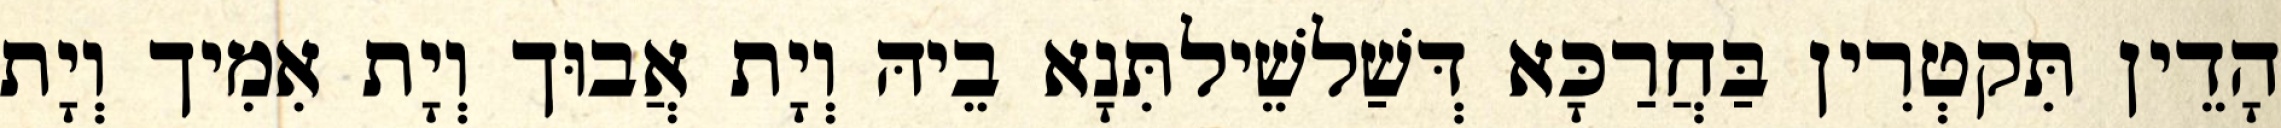
הָדֵין תִּקטְרִין בַּחֲרַכָּא דְּשַׁלשֵׁילתִּנָא בֵיהּ וְיָת אֲבוּך וְיָת אִמִיך וְיָת